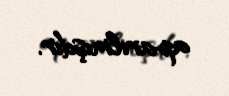
aparılmışdır.